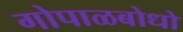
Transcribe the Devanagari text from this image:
गोपाळबोधो